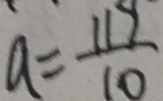
a = \frac { 1 1 9 } { 1 0 }